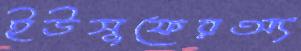
ইউসুফেরঅ্য